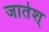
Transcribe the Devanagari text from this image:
जातेश्